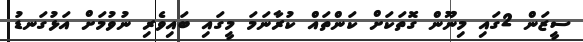
ސީޒަން 2ގައި މިނޫން ގޮތަކަށް ކަންތަައް ކުރާނަމަ މީގަައި ބަައިވެރި ނުވުމަށް އަޅުގަނޑު